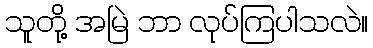
သူတို့ အမြဲ ဘာ လုပ်ကြပါသလဲ။